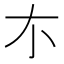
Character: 𠀊